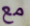
مع